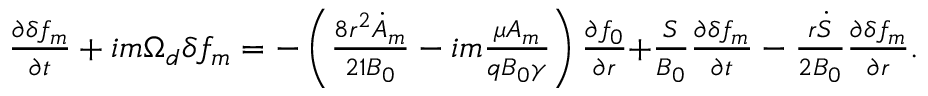
\begin{array} { r } { \frac { \partial \delta f _ { m } } { \partial t } + { i m \Omega _ { d } \delta f _ { m } } = { - \left( \frac { 8 r ^ { 2 } \dot { A } _ { m } } { 2 1 B _ { 0 } } - i m \frac { \mu A _ { m } } { q B _ { 0 } \gamma } \right) \frac { \partial f _ { 0 } } { \partial r } } { + \frac { S } { B _ { 0 } } \frac { \partial \delta f _ { m } } { \partial t } } - \frac { r \dot { S } } { 2 B _ { 0 } } \frac { \partial \delta f _ { m } } { \partial r } . } \end{array}